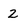
Character: 2